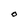
Character: O